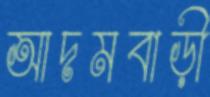
আদমবাড়ী